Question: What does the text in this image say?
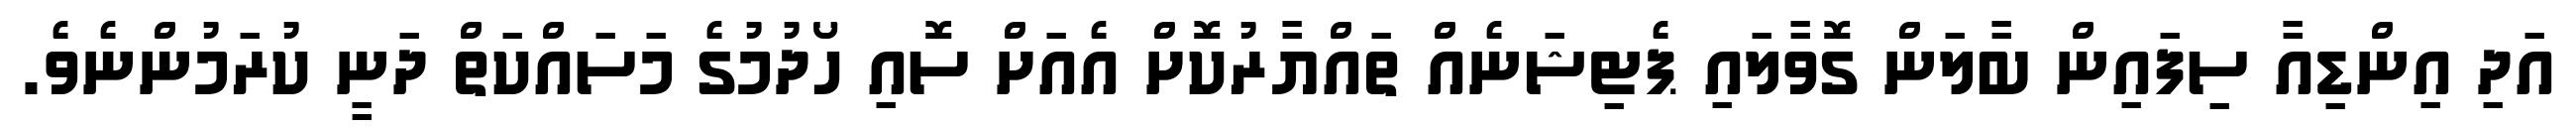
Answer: އަދި އިންޑިއާ ސިފައިން ބާލަން ގޮވާލައި ޕެޓިޝަނެއް ތައްޔާރުކޮށް އެއަށް ސޮއި ހޯދުމުގެ މަސައްކަތް ދަނީ ކުރަމުންނެވެ.